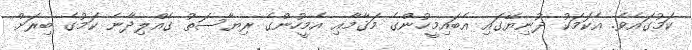
ކަމުގައެވެ. އެކަމަކު ދުނިޔޭގައި އެބައިމީހުންގެ މަޤާމާއި އެމީހުންގެ ރިޔާސަތު ގެއްލިދާނެ ކަމުގެ ބިރަށް